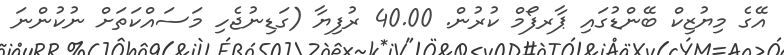
އޭގެ މިޔުޒިކް ބޭންޑުގައި ޕާރފޯމް ކުރުން. 40.00 ރުފިޔާ (ގަޑިނުޖެހި މަސައްކަތަށް ނުކުންނަ